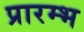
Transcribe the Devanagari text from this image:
प्रारम्भ